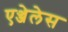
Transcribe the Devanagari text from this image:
एञ्जेलेस